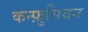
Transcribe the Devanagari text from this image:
कन्फ़ुसियन